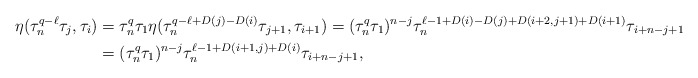
\begin{align*}\eta(\tau_n^{q-\ell}\tau_j, \tau_i) &=\tau_n^q\tau_1\eta(\tau_n^{q-\ell+D(j)-D(i)}\tau_{j+1},\tau_{i+1})=(\tau_n^q\tau_1)^{n-j}\tau_n^{\ell-1+D(i)-D(j)+D(i+2,j+1)+D(i+1)}\tau_{i+n-j+1} \\ &=(\tau_n^q\tau_1)^{n-j}\tau_n^{\ell-1+D(i+1,j)+D(i)}\tau_{i+n-j+1},\end{align*}